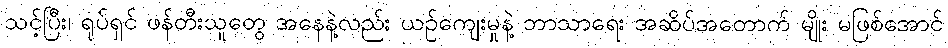
သင့်ပြီး၊ ရုပ်ရှင် ဖန်တီးသူတွေ အနေနဲ့လည်း ယဉ်ကျေးမှုနဲ့ ဘာသာရေး အဆိပ်အတောက် မျိုး မဖြစ်အောင်